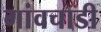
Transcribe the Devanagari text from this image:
गांवचाडी